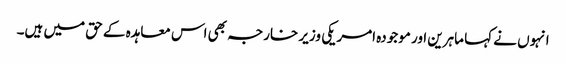
انہوں نے کہا ماہرین اور موجودہ امریکی وزیر خارجہ بھی اس معاہدہ کے حق میں ہیں۔